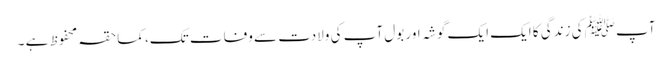
آپﷺ کی زندگی کا ایک ایک گوشہ اور بول آپ کی ولادت سے وفات تک، کماحقہ محفوظ ہے ۔